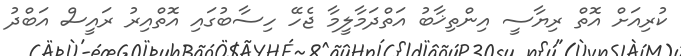
ކުރިއަށް އޮތް ރިޔާސީ އިންތިޚާބު އަތްދަމާލީމާ ޖެހޭ ހިސާބުގައި އޮތްއިރު ރައީސް އަބްދު